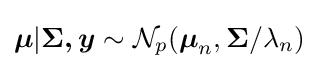
{\boldsymbol {\mu }}|{\boldsymbol {\Sigma ,y}}\sim {\mathcal {N}}_{p}({\boldsymbol {\mu }}_{n},{\boldsymbol {\Sigma }}/\lambda _{n})